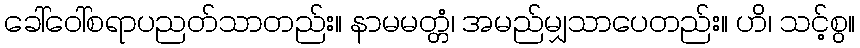
ခေါ်ဝေါ်စရာပညတ်သာတည်း။ နာမမတ္တံ၊ အမည်မျှသာပေတည်း။ ဟိ၊ သင့်စွ။